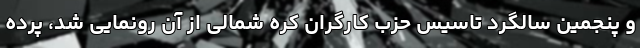
و پنجمین سالگرد تاسیس حزب کارگران کره شمالی از آن رونمایی شد، پرده